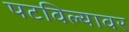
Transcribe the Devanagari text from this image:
पटविल्यावर